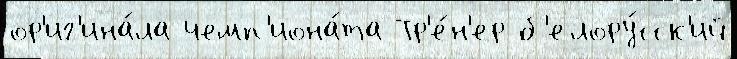
ор'иг'ина́ла чемп'иона́та Тр'е́н'ер б'елору́сск'ий